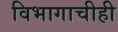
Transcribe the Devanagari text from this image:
विभागाचीही